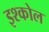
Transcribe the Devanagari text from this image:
इश्कोल